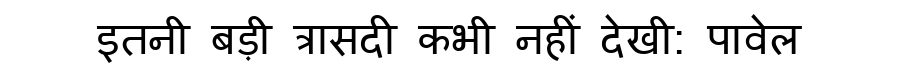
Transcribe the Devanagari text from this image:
इतनी बड़ी त्रासदी कभी नहीं देखी: पावेल